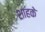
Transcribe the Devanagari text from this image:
शाहके